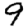
Digit: 9